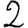
Digit: 2